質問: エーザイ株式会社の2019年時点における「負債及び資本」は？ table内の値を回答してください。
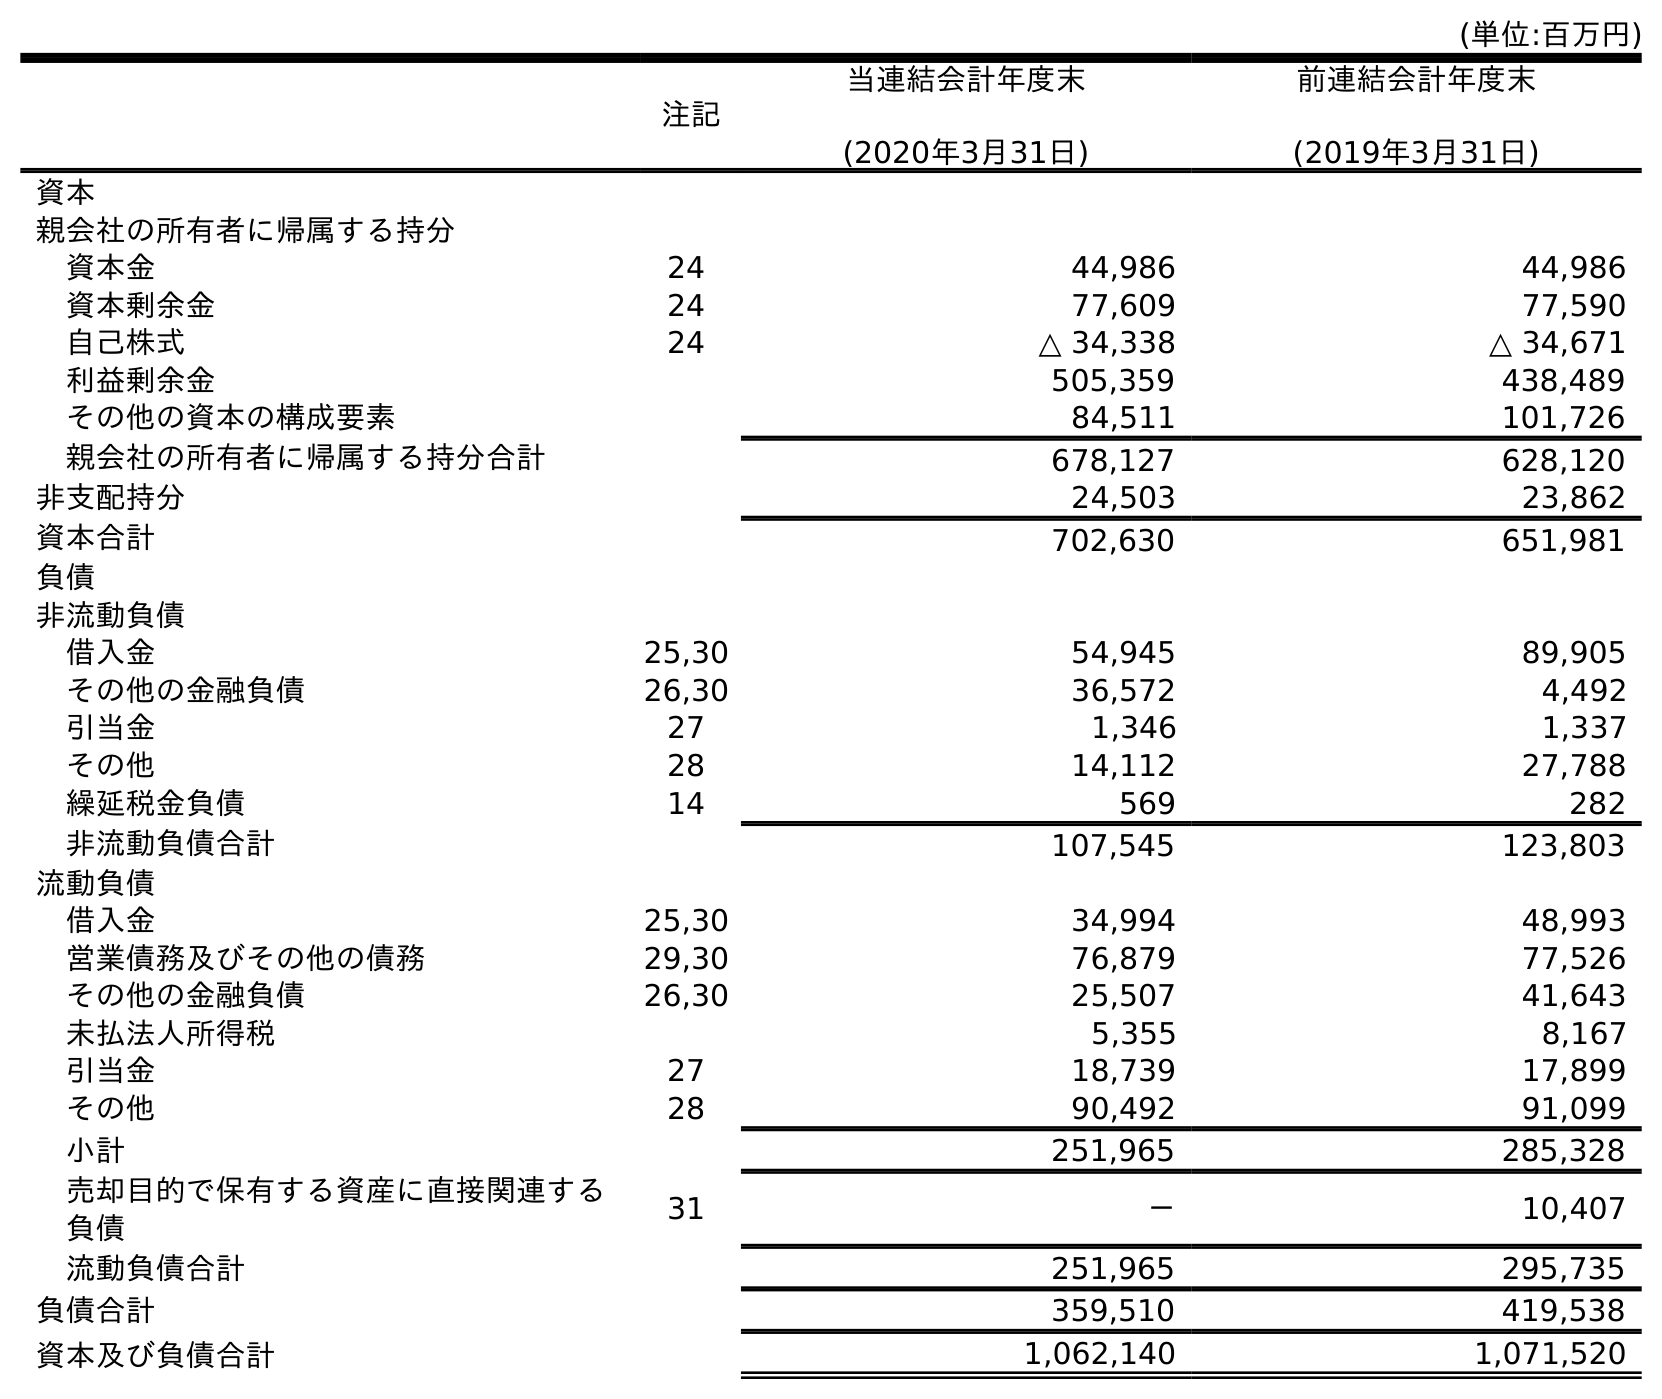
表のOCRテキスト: (単位:百万円) 注記 当連結会計年度末 (2020年3月31日) 前連結会計年度末 (2019年3月31日) 資本 親会社の所有者に帰属する持分 資本金 24 44,986 44,986 資本剰余金 24 77,609 77,590 自己株式 24 △ 34,338 △ 34,671 利益剰余金 505,359 438,489 その他の資本の構成要素 84,511 101,726 親会社の所有者に帰属する持分合計 678,127 628,120 非支配持分 24,503 23,862 資本合計 702,630 651,981 負債 非流動負債 借入金 25,30 54,945 89,905 その他の金融負債 26,30 36,572 4,492 引当金 27 1,346 1,337 その他 28 14,112 27,788 繰延税金負債 14 569 282 非流動負債合計 107,545 123,803 流動負債 借入金 25,30 34,994 48,993 営業債務及びその他の債務 29,30 76,879 77,526 その他の金融負債 26,30 25,507 41,643 未払法人所得税 5,355 8,167 引当金 27 18,739 17,899 その他 28 90,492 91,099 小計 251,965 285,328 売却目的で保有する資産に直接関連する 負債 31 － 10,407 流動負債合計 251,965 295,735 負債合計 359,510 419,538 資本及び負債合計 1,062,140 1,071,520
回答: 1,071,520